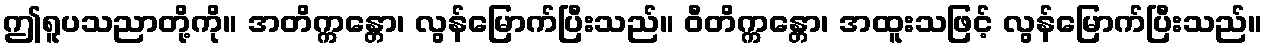
ဤရူပသညာတို့ကို။ အတိက္ကန္တော၊ လွန်မြောက်ပြီးသည်။ ဝီတိက္ကန္တော၊ အထူးသဖြင့် လွန်မြောက်ပြီးသည်။